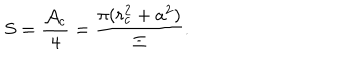
LaTeX: S = \frac { \mathcal { A } _ { c } } 4 = \frac { \pi ( r _ { c } ^ { 2 } + a ^ { 2 } ) } \Xi .